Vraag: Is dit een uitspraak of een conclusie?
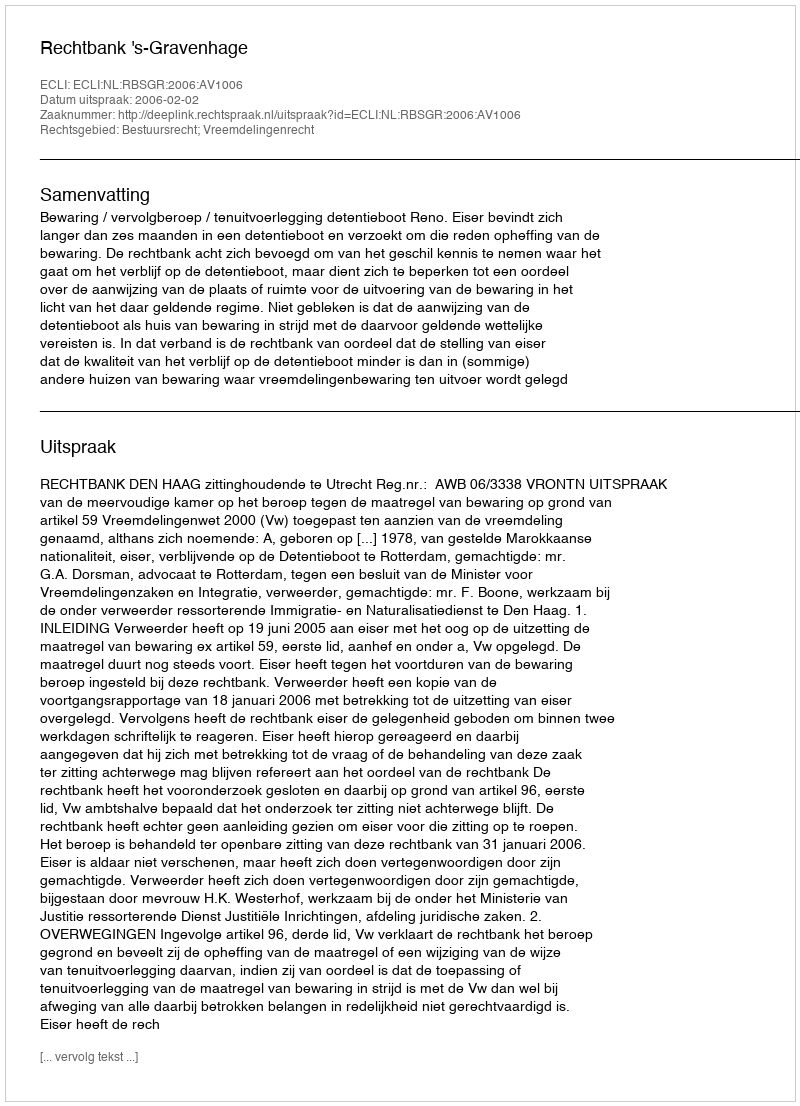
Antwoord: Uitspraak